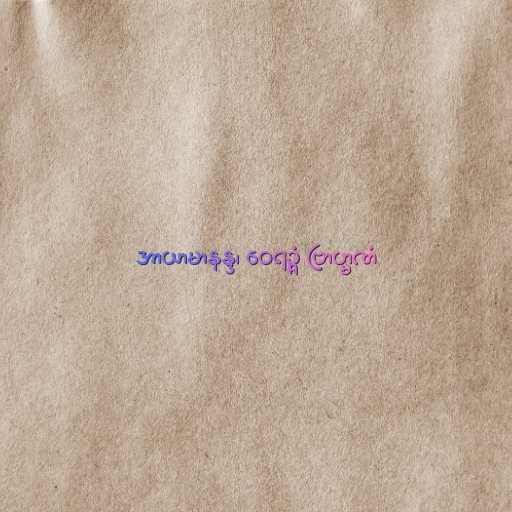
အာယာမာနန္ဒ၊ ဝေရဉ္ဇံ ဗြာဟ္မဏံ